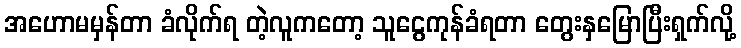
အဟောမမှန်တာ ခံလိုက်ရ တဲ့လူကတော့ သူငွေကုန်ခံရတာ တွေးနှမြောပြီးရှက်လို့